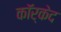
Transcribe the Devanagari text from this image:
कॉर्केद